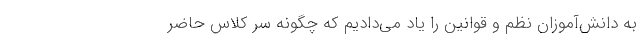
به دانش‌آموزان نظم و قوانین را یاد می‌دادیم که چگونه سر کلاس حاضر